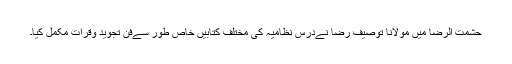
حشمت الرضا میں مولانا توصیف رضا نےدرس نظامیہ کی مختلف کتابیں خاص طور سےفن تجوید وقرأت مکمل کیا۔